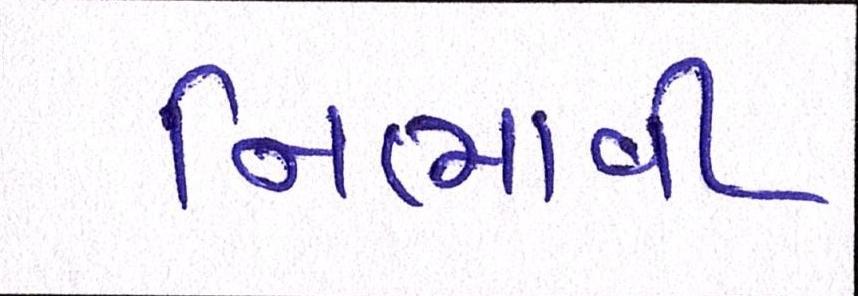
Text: નિભાવી